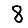
Digit: 8